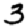
Digit: 3